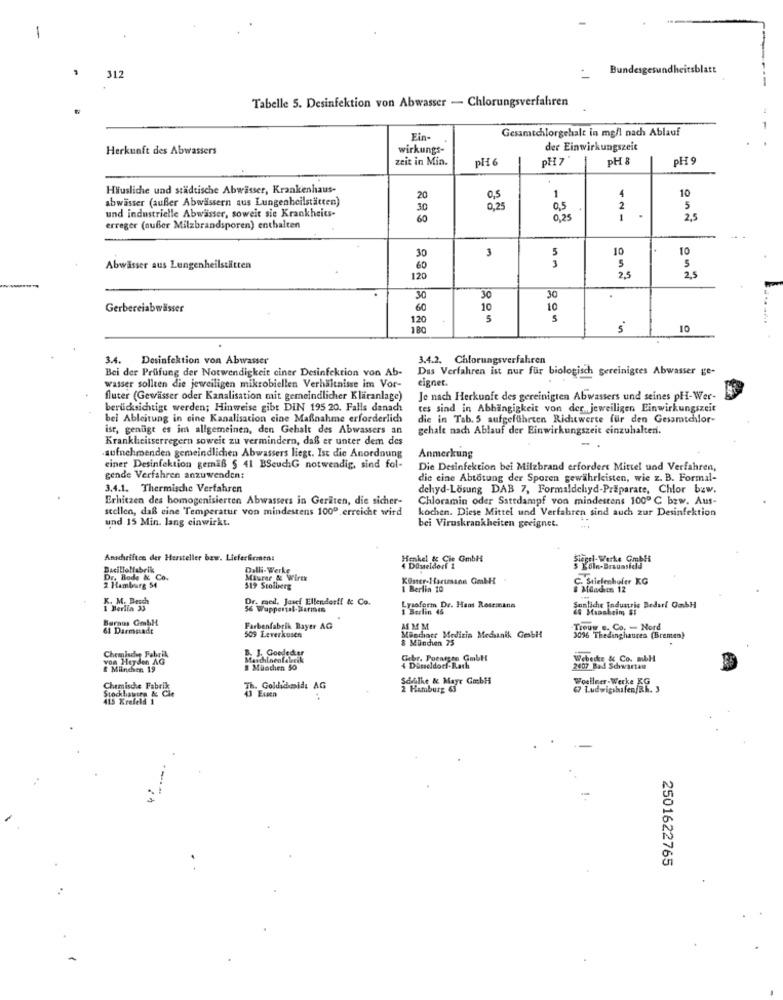
1
Bundes
dheitsblatt
312
Tabelle 5. Desinfektion von Abwasser - Chlorungsverfahren
Gesamtchlorgehalt in mg/l nach Ablauf
Ein-
Herkunft des Abwassers
wirkungs-
der Einwirkungszeit
zeit in Min.
PH 6
PH7"
PH 8
PH 9
Häusliche und städtische Abwasser, Krankenhaus-
10
abwässer (außer Abwässern aus Lungenheilstätten)
20
0,5
1
30
0,25
0,5
2
5
und industrielle Abwasser, soweit sie Krankheits-
60
0,25
1
2,5
erreger (außer Milzbrandsporen) enthalten
3
10
10
30
5
Abwasser aus Lungenheilstätten
60
3
120
2,5
2,5
30
30
30
.
Gerbereiabwässer
60
10
10
120
5
10
3.4.
Desinfektion von Abwasser
3.4.2. Chlorungsverfahren
Bei der Prüfung der Notwendigkeit ciner Desinfektion von Ab-
Das Verfahren ist nur für biologisch gereinigtes Abwasser ge-
eignet.
wasser sollten die jeweiligen mikrobiellen Verhältnisse im Vor-
fluter (Gewässer oder Kanalisation mit gemeindlicher Kläranlage)
Je nach Herkunft des gereinigten Abwassers und seines pHI-Wer-
berücksichtigt werden; Hinweise gibt DIN 195 20. Falls danach
tes sind in Abhängigkeit von der jeweiligen Einwirkungszeit
bei Ableitung in cine Kanalisation cine Maßnahme erforderlich
die in Tab. 5 aufgeführten Riditwerte für den Gesamtchlor-
ist, genügt es im allgemeinen, den Gehalt des Abwassers an
gehalt nach Ablauf der Einwirkungszeit einzuhalten.
Krankheitserregern soweit zu vermindern, daß er unter dem des
aufnehmenden gemeindlichen Abwassers liegt. Ist die Anordnung
Anmerkung
einer Desinfektion gemäß § 41 BSeuchG notwendig, sind fol-
Die Desinfektion bei Milzbrand erfordert Mittel und Verfahren,
gende Verfahren anzuwenden:
die cine Abtotung der Sporen gewährleisten, wie z. B. Formal-
3.4.1. Thermische Verfahren
dehyd-Losung DAB 7, Formaldehyd-Präparate, Chlor bzw.
Erhitzen des homogenisierten Abwassers in Geräten, die sicher-
Chloramin oder Sattdampf von mindestens 1000 ℃ bzw. Aus-
stellen, daß eine Temperatur von mindestens 1000 erreiche wird
kochen. Diese Mittel und Verfahren sind auch zur Desinfektion
und 15 Min. lang einwirkt.
bei Viruskrankheiten geeignet.
Anschriften der Hersteller bzw. Lieferfirmen:
Henkel & Cie GmbH
gel-Werke Gmbh
Bacillolfabrik
Dalli- Werke
Düsseldorf 1
Dr. Bode & Co.
Maurer & Wirek
Koster-Hartsann GmbH
C. Stielenhofer KG
2 Hamburg 54
519 Stolberg
1 Berlin 10
K. M. Besch
Dr. med. Josef Ellender !! & Co.
I Berlin 33
56 Wuppertal-Strmıs
Lysoform Dr. Hans Rosemana
1 Berlin 45
Suntiche Industrie Bedarf OmbH
Burnus GmbH
61 Darmstadt
Farbenfabrik Bayer AG
509 Leverkusen
Munchact Medizin Mechanik Gesbil
AS M M
Trouw .. Co. - Nord
8 Mindien 75
3096 Thedinghausen (Bremen)
Chemische Fabrik
B. J. Goededter
von Heyden AG
Gebr. Pocarsse GmbH
Webecke & Co. mbH
& Miindsen 19
$ Malachien 50
4 Düsseldorf-Rath
2407 Bad Schwartau
Schilke & Mayr Gabli
Woellner-Werke KG
Chemische Fabrik
Stockhausen & Cie
Th. Goldidimidi AG
43 Essen
2 Hamburg 63
67 Ludwigshafen/RK. 3
415 Krefeld 1
2501622765